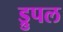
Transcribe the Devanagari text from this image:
ड्रुपल